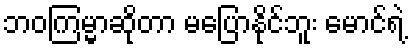
ဘဝကြမ္မာဆိုတာ မပြောနိုင်ဘူး မောင်ရဲ့